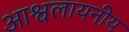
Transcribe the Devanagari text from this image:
आश्वलायनीय